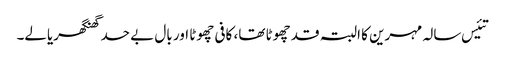
تئیس سالہ مہرین کا البتہ قد چھوٹا تھا، کافی چھوٹا اور بال بے حد گھنگھریالے۔